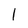
Character: 1